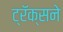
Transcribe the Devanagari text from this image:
ट्रॅक्सने